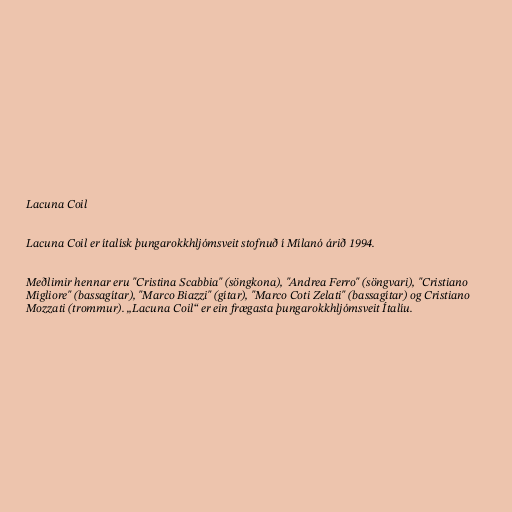
Lacuna Coil

Lacuna Coil er ítalísk þungarokkhljómsveit stofnuð í Mílanó árið 1994.

Meðlimir hennar eru "Cristina Scabbia" (söngkona), "Andrea Ferro" (söngvari), "Cristiano
Migliore" (bassagítar), "Marco Biazzi" (gítar), "Marco Coti Zelati" (bassagítar) og Cristiano
Mozzati (trommur). „Lacuna Coil“ er ein frægasta þungarokkhljómsveit Ítalíu.